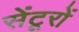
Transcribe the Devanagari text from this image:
सेंटूरों